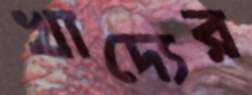
খাদ্যের